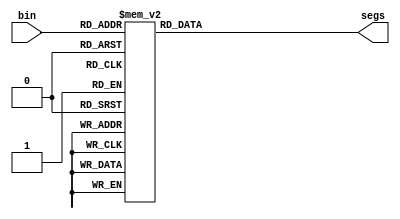
`timescale 1ns / 1ps
//////////////////////////////////////////////////////////////////////////////////
// Company: 
// Engineer: 
// 
// Design Name: 
// Module Name: display
// Project Name: 
// Target Devices: 
// Tool Versions: 
// Description: 
// 
// Dependencies: 
// 
// Revision:
// Revision 0.01 - File Created
// Additional Comments:
// 
//////////////////////////////////////////////////////////////////////////////////
// define segment codes
`define SS_0 8'b00000011
`define SS_1 8'b10011111
`define SS_2 8'b00100101
`define SS_3 8'b00001101
`define SS_4 8'b10011001
`define SS_5 8'b01001001
`define SS_6 8'b01000001
`define SS_7 8'b00011111
`define SS_8 8'b00000001
`define SS_9 8'b00001001
`define SS_10 8'b11111101
`define SS_A 8'b00010001
`define SS_S 8'b10000011
`define SS_M 8'b11100010
`define SS_Enter 8'b01100001


module display(segs, bin);
output [7:0] segs;  
input [3:0] bin;
reg [7:0] segs;  

always @*
  case (bin)
    4'd0: segs = `SS_0;
    4'd1: segs = `SS_1;
    4'd2: segs = `SS_2;
    4'd3: segs = `SS_3;
    4'd4: segs = `SS_4;
    4'd5: segs = `SS_5;
    4'd6: segs = `SS_6;
    4'd7: segs = `SS_7;
    4'd8: segs = `SS_8;
    4'd9: segs = `SS_9;
    4'd10: segs = `SS_Enter;
    4'd11: segs = `SS_A;
    4'd12: segs = `SS_S;
    4'd13: segs = `SS_M;
    default: segs = `SS_10;
  endcase
endmodule